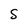
Character: S